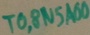
Text: TO,8N5A00